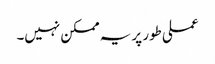
عملی طور پر یہ ممکن نہیں۔